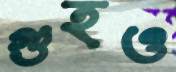
গুহও